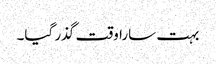
بہت سارا وقت گذر گیا۔